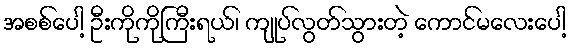
အစစ်ပေါ့ ဦးကိုကိုကြီးရယ်၊ ကျုပ်လွတ်သွားတဲ့ ကောင်မလေးပေါ့